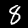
Label: 8